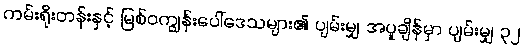
ကမ်းရိုးတန်းနှင့် မြစ်ဝကျွန်းပေါ်ဒေသများ၏ ပျမ်းမျှ အပူချိန်မှာ ပျမ်းမျှ ၃၂